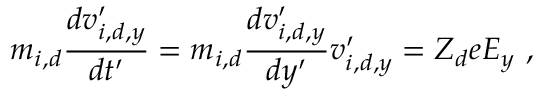
m _ { i , d } \frac { d v _ { i , d , y } ^ { \prime } } { d t ^ { \prime } } = m _ { i , d } \frac { d v _ { i , d , y } ^ { \prime } } { d y ^ { \prime } } v _ { i , d , y } ^ { \prime } = Z _ { d } e E _ { y } \ ,